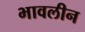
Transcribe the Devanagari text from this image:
भावलीन